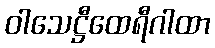
ဝါသေဋ္ဌီထေရီဂါထာ